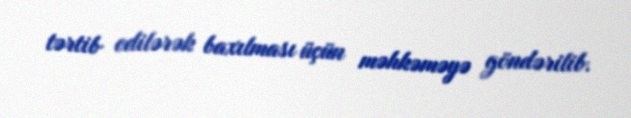
tərtib edilərək baxılması üçün məhkəməyə göndərilib.